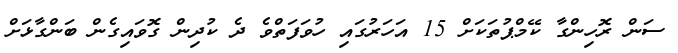
ސަން ރޮހިންގާ ކޭމްޕުތަކަށް 15 އަަހަރުގައި ހުވަފަތްވެ ދެ ކުދިން ގޮވައިގެން ބަންގާޅަށް